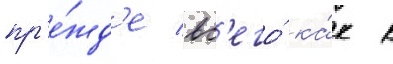
пр'е́жд'е вс'его́ ка́к к